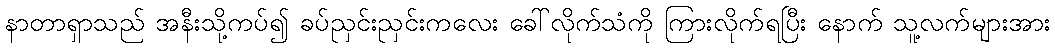
နာတာရှာသည် အနီးသို့ကပ်၍ ခပ်ညှင်းညှင်းကလေး ခေါ်လိုက်သံကို ကြားလိုက်ရပြီး နောက် သူ့လက်များအား